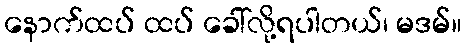
နောက်ထပ် ထပ် ခေါ်လို့ရပါတယ်၊ မဒမ်။